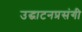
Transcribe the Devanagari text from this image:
उद्घाटनप्रसंगी